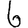
Digit: 6